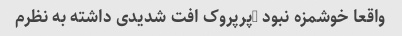
واقعا خوشمزه نبود …پرپروک افت شدیدی داشته به نظرم